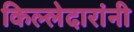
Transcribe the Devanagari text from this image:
किल्लेदारांनी